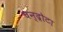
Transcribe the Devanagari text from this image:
चन्द्रोटा